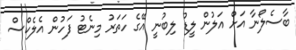
ބާސެލޯނާ އަށް އަލުން ލީޑު ލިބުނީ އޭގެ ހަތަރު މިނެޓު ފަހުން އެލެކްސް